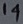
Text: 14